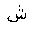
Letter: _shin